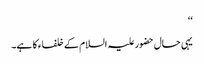
‘‘
یہی حال حضورعلیہ السلام کے خلفاء کا ہے۔